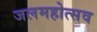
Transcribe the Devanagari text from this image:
जलमहोत्सव